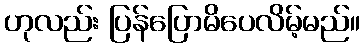
ဟုလည်း ပြန်ပြောမိပေလိမ့်မည်။